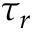
\tau _ { r }